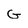
Character: G